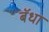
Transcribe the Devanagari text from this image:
बॅधा